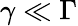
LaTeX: \gamma\ll\Gamma